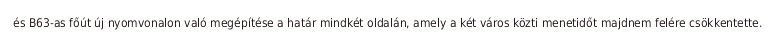
és B63-as főút új nyomvonalon való megépítése a határ mindkét oldalán, amely a két város közti menetidőt majdnem felére csökkentette.